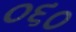
૦૬૦